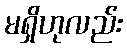
မရှိဟုလည်း